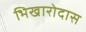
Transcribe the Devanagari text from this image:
भिखारोदास